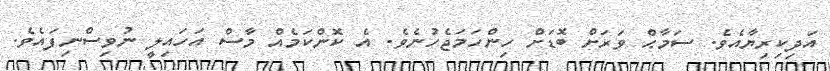
އަދިކިރިޔާއެވެ. ސަމާޙް ވަރަށް ބޮޑަށް ހިންހަމަޖެހުނެވެ. އެ ކޮންކަމެއް މާސް އަހައިލީ ނުވިސްނިފައެވެ.